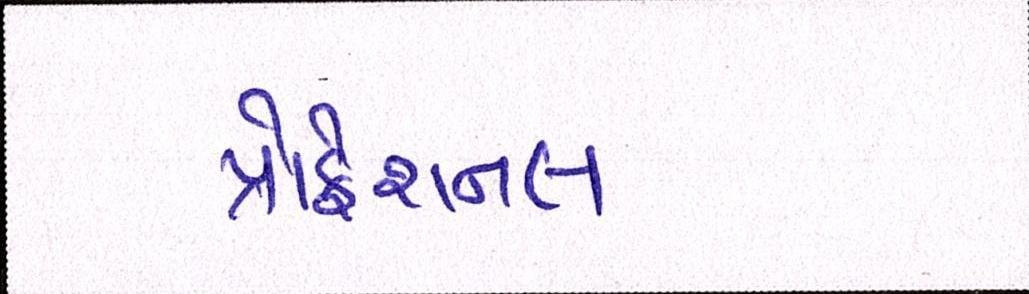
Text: પ્રોફેશનલ